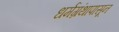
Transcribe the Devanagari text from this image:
धर्मग्रंथापासून